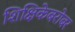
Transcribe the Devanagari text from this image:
शिक्षिकेबरोबर